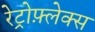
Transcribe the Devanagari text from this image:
रेट्रोफ़्लेक्स